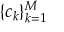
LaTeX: \{ c _ { k } \} _ { k = 1 } ^ { M }